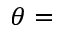
\theta =